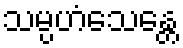
သမ္ပဟံသေန္တေ